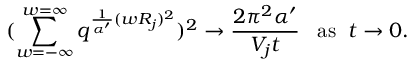
( \sum _ { w = - \infty } ^ { w = \infty } q ^ { \frac { 1 } { \alpha ^ { \prime } } ( w R _ { j } ) ^ { 2 } } ) ^ { 2 } \rightarrow \frac { 2 \pi ^ { 2 } \alpha ^ { \prime } } { V _ { j } t } \; \; \; \mathrm { a s } \; \; t \rightarrow 0 .